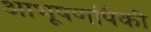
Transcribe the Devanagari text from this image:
आभूषणांपैकी